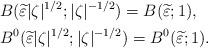
LaTeX: \begin{align*}&B(\widetilde{\varepsilon }\vert \zeta \vert ^{1/2};\vert \zeta \vert ^{-1/2})=B(\widetilde{\varepsilon } ;1),\\ &B^0(\widetilde{\varepsilon }\vert \zeta \vert ^{1/2};\vert \zeta \vert ^{-1/2} )=B^0(\widetilde{\varepsilon };1).\end{align*}